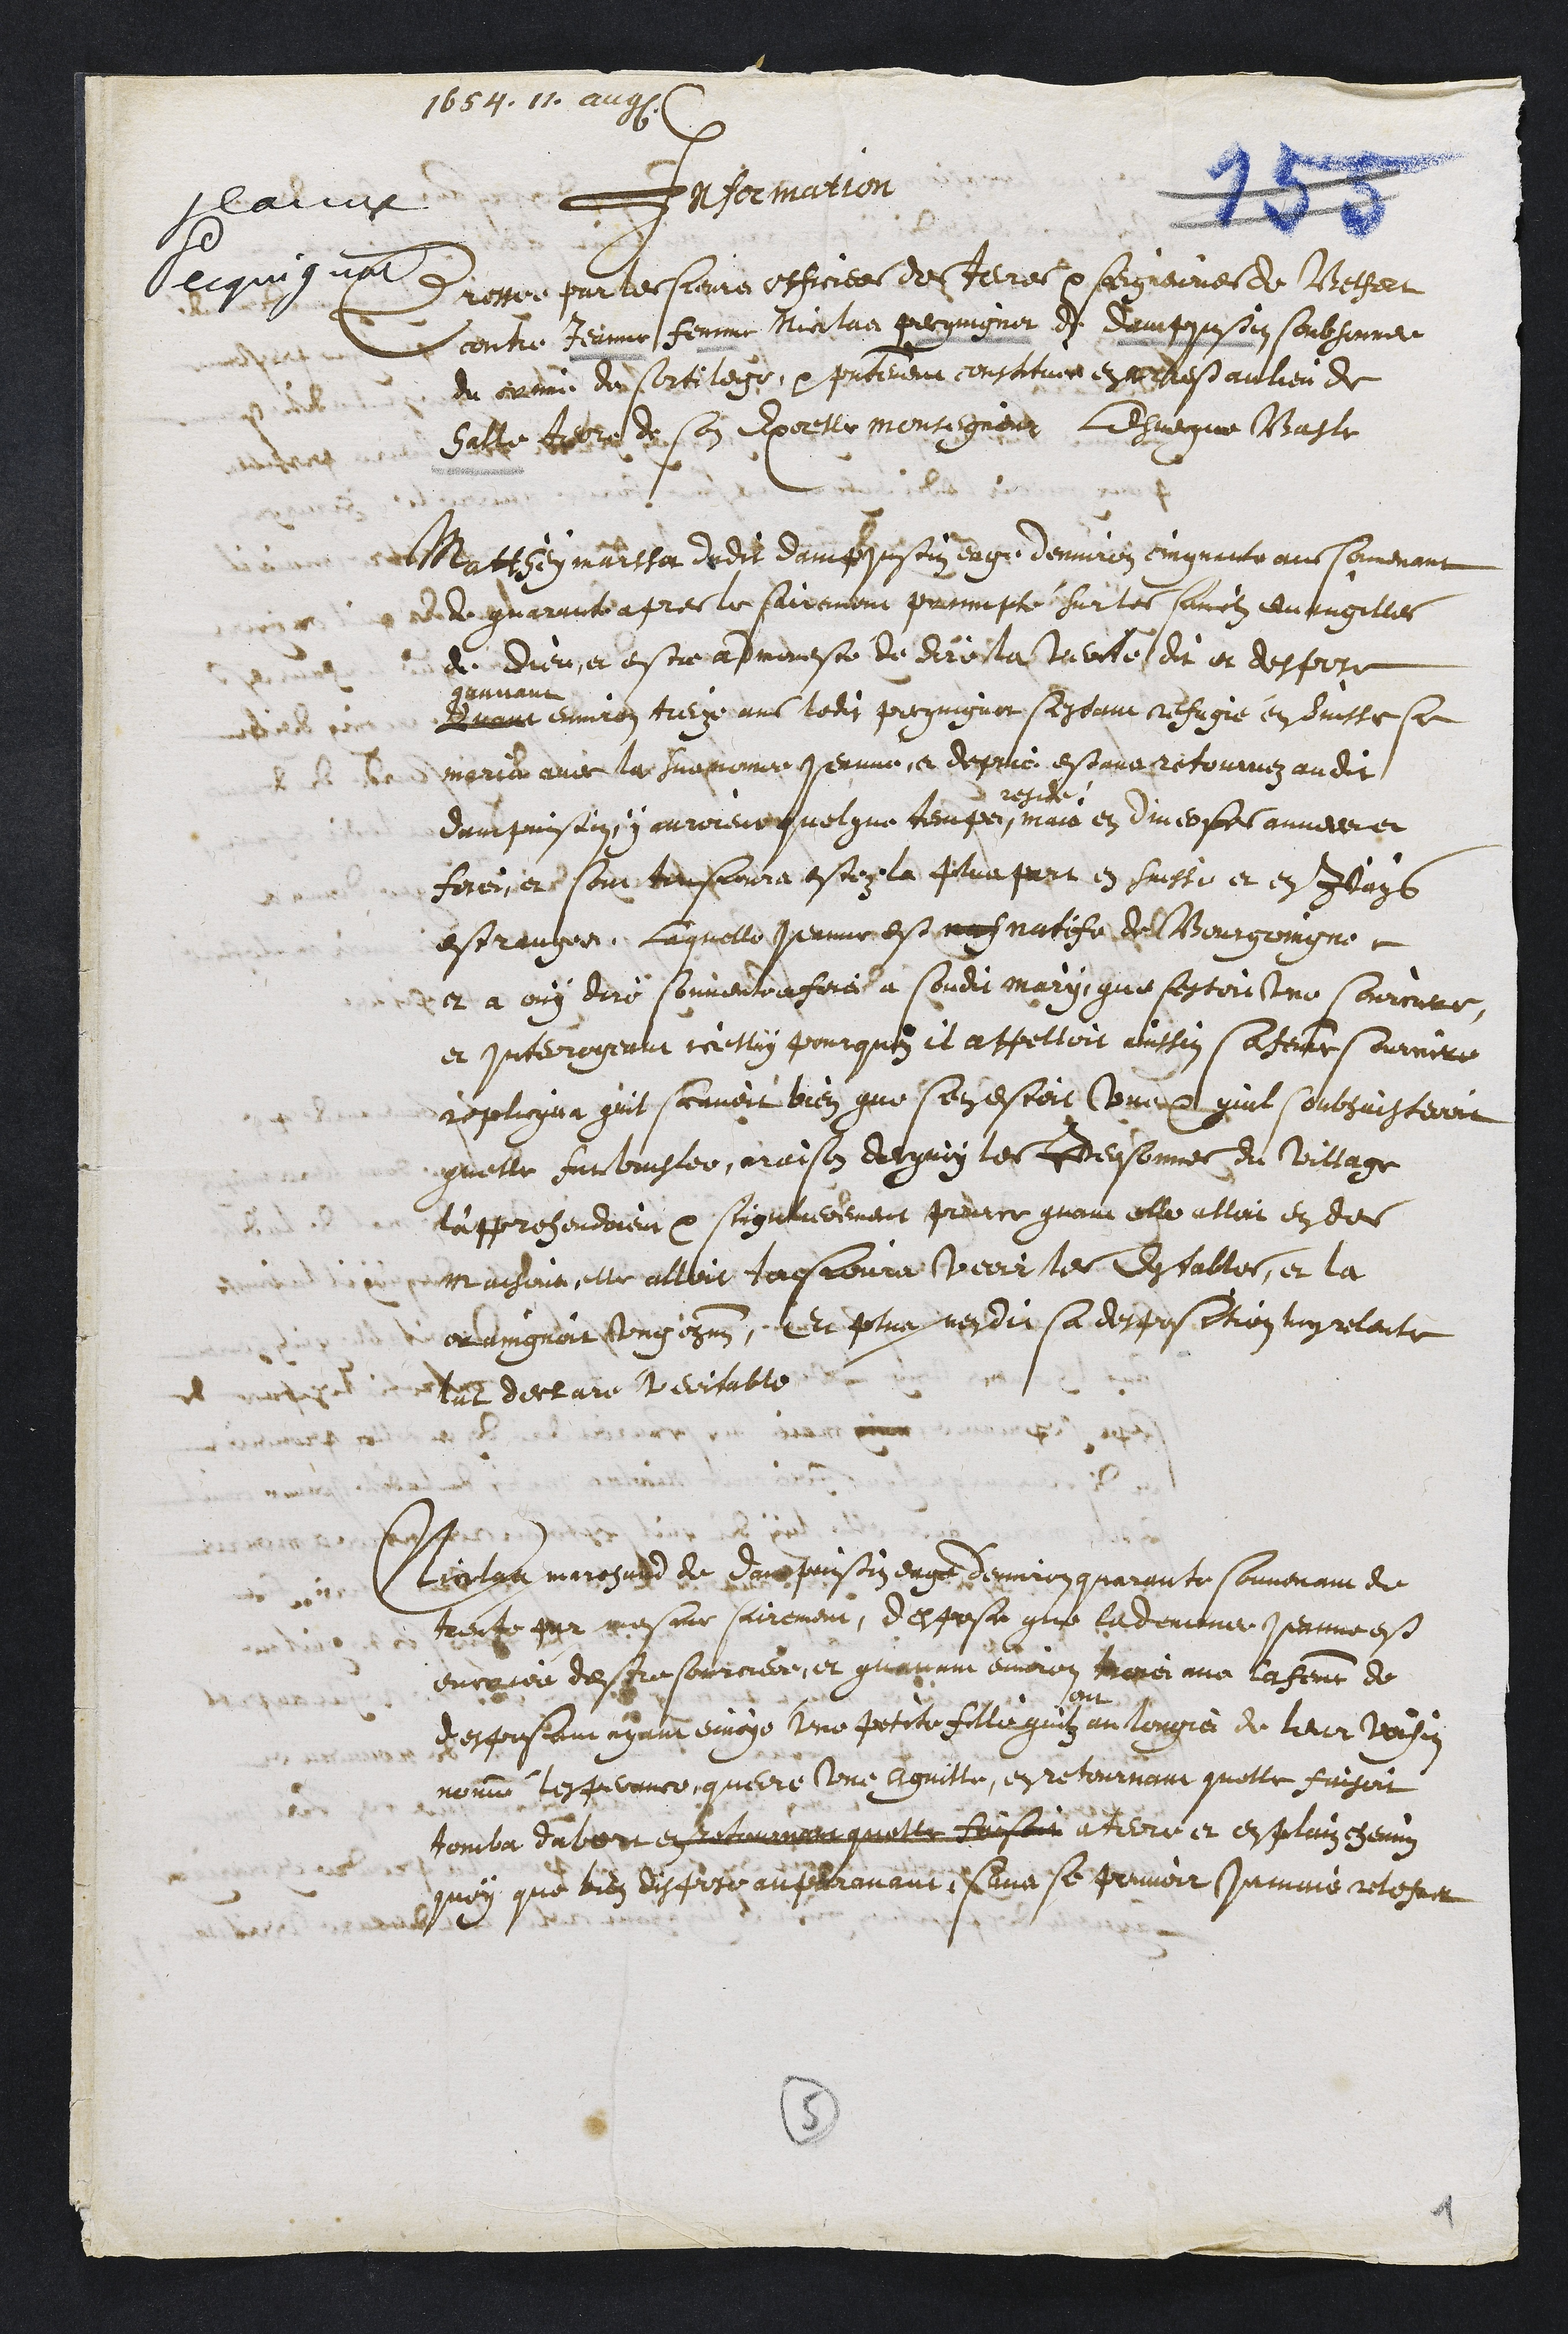
1657.1.
lanar
Recqui qva.
Informarion
Presser pur te fiemis officiee de Jelres p sorgneines de Besset
contre Jeanne femme Nicilas gerringner de Damppusin soubsenne
du crein don Cortilege, p pestement constituce en cedest aulieu de
Satte tee de son Epoctu monrignent liduegue Masler
Mdattesy maissa dedit dainfsieson eagé dennion cmpant au somdennt
dde guarrute apres le fairemont pacimpté sur les samciz evangillers
de Dieu et estre apmemeste de direla tubite du et despire
Quanc
quivant
environ treze ans ledit prcquignor segeant refugie en duiste sa
marid avir la Sumoine Jernne et depuis estant retommez audit
dampuisiin, i ouroieur quelque temps
presde
mais en diverfes annere
fereiiere sonr tonsconra estéez la Pelua part en saisse et en Jlags
estreugee, laquelle Jernne estsnatife de Bourgoingno
2 a ouy dire souventorferce a Condut mary que testouttue souure
et interoyennt icetly pourquez il appelloit aissin sa serte oumire
roplicqua quit scnvoit bien que sen estoit Cone qul soubsuisteroit
quelle sur vungler, oraison depuy les tdersonnes du village
lapprehendoient par seignererement preurce guari elle alloi en de
Machonn elle alloit tousjouré veoir le Eessables, et la
oraingnoit ung cyan. Et plus nendit sa desposition luprelaite
dut derture leevitable
Cotga marieard de Deus pui sin eage d’enir quarante souvenan de
trente par mesme sairement, desposa que lademnne jernne est
enroiéu de Bursourcieer, et quariuu evion tanei nne la femme de
despousant ayant envoye une petite filliqu an longné de leur Pousi
nomme, tespesanee guerre une Aquille, et retournant quelle faisoit
tomba dabort en delamquelle Raisoit a tieri et en plain chemne
quoy que bien disfire ausravant lue se pouvoir Jummie retesue